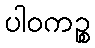
ပါဝကဉ္စ